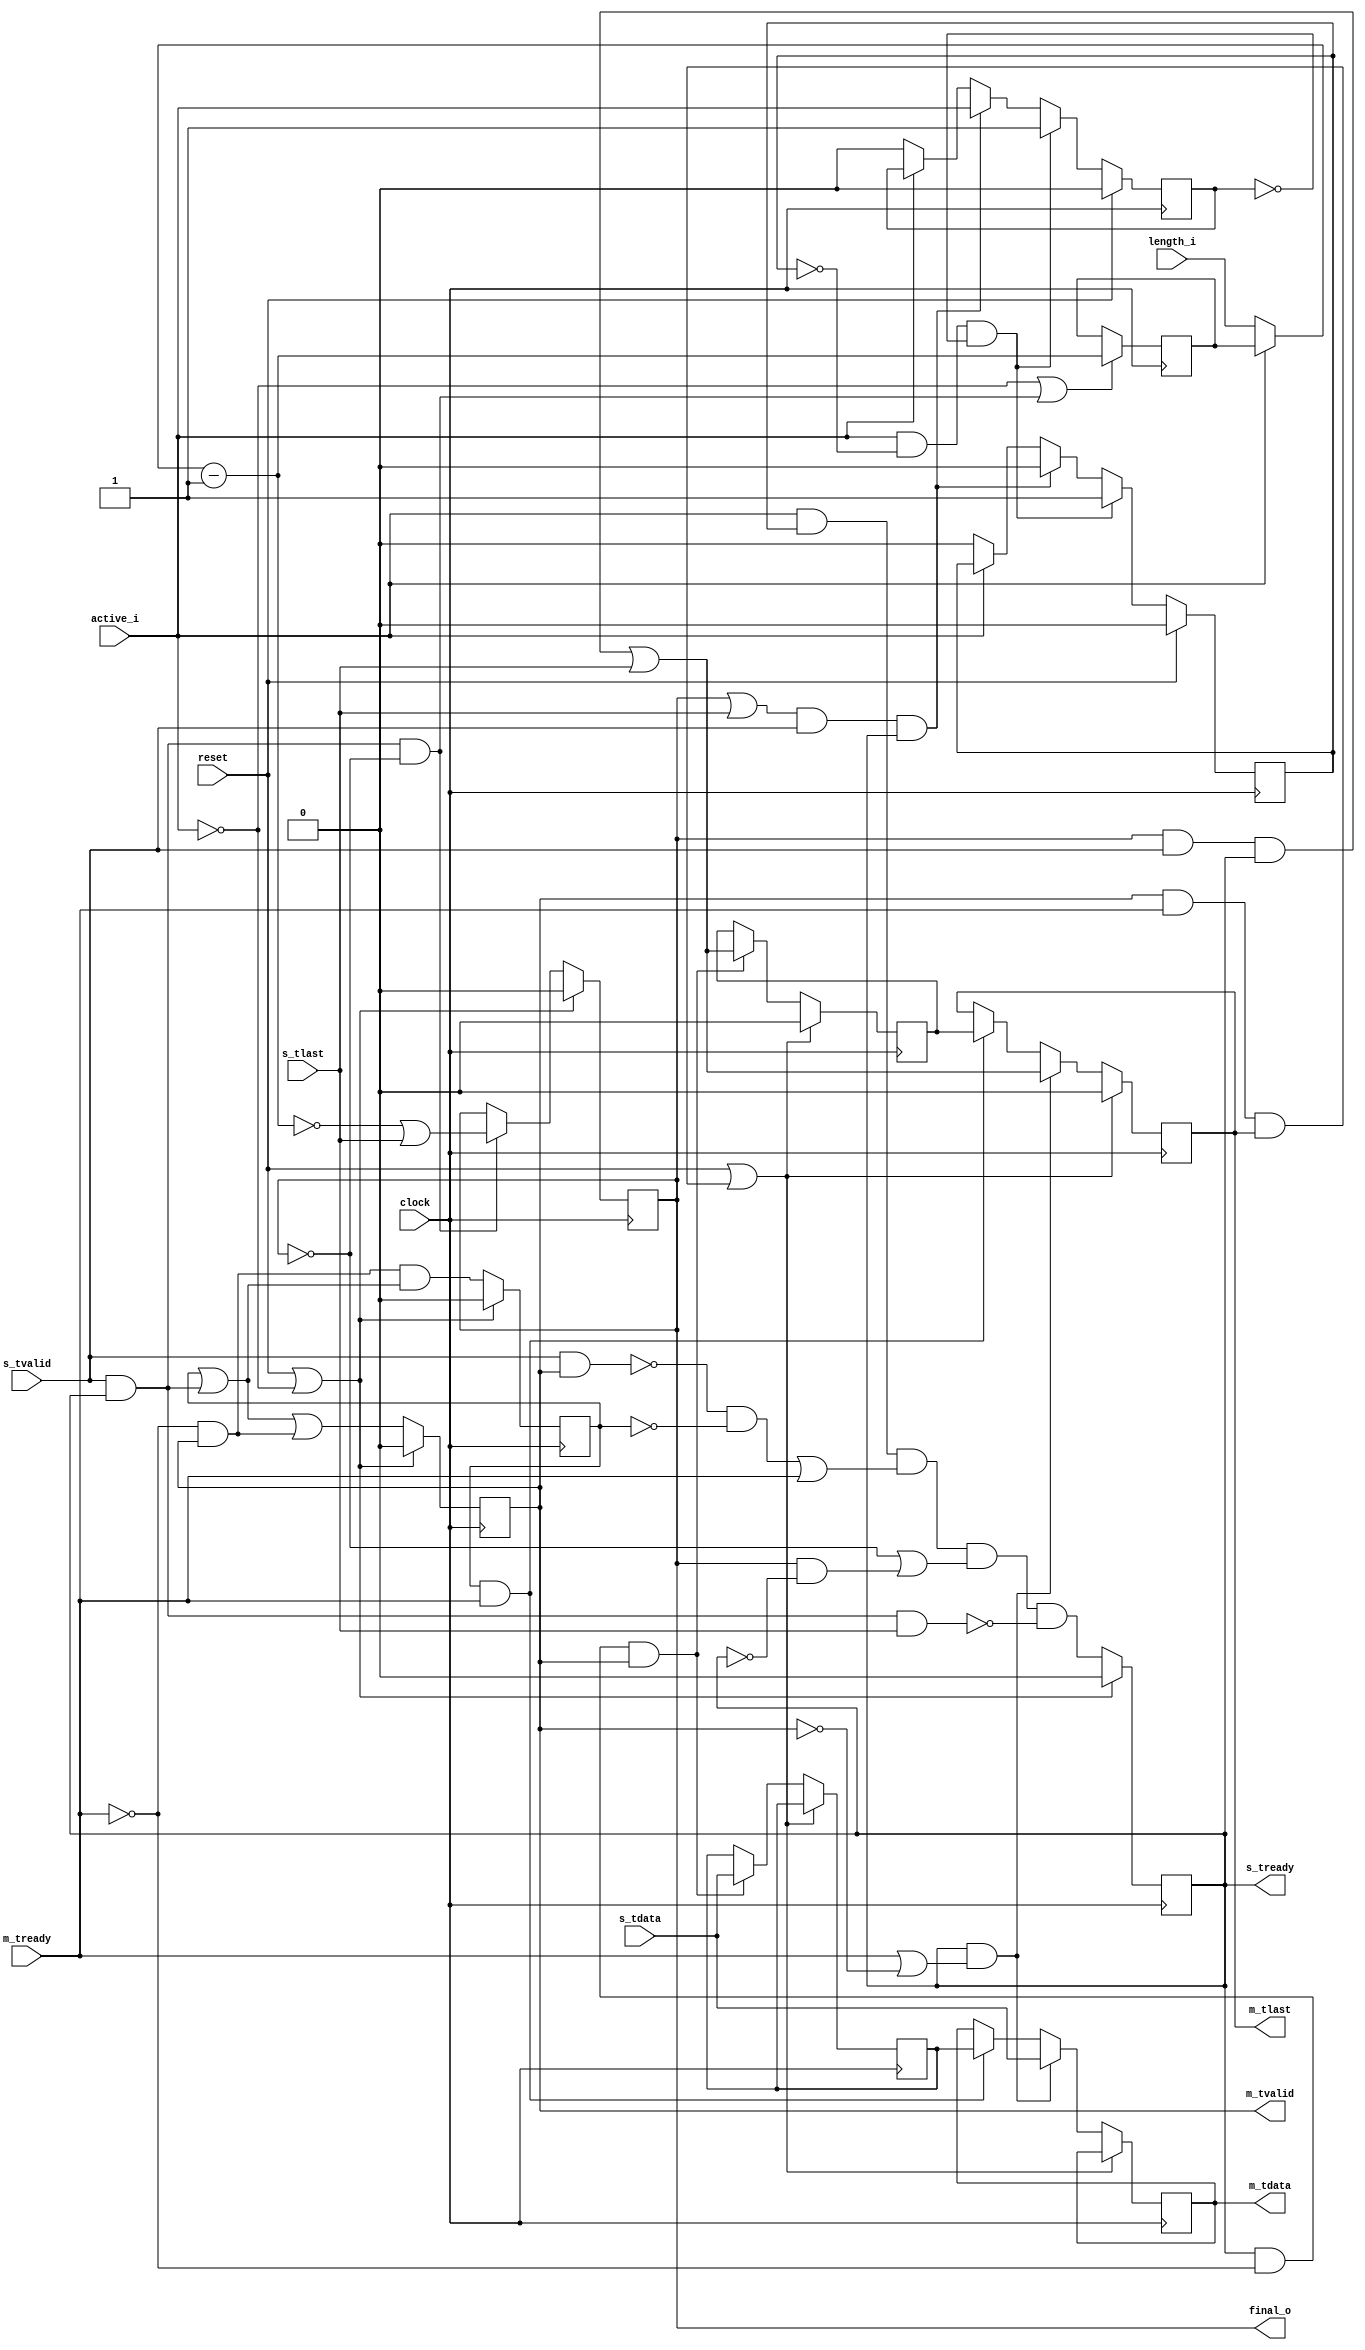
`timescale 1ns / 100ps
module axis_chop (
    clock,
    reset,

    active_i,
    length_i,
    final_o,

    s_tvalid,
    s_tready,
    s_tlast,
    s_tdata,

    m_tvalid,
    m_tready,
    m_tlast,
    m_tdata
);

  //
  // Chops a transfer at 'length_i'.
  //
  // Note: to resume a chopped transfer, assert 'active_i' with a suitable
  //   'length_i' at least one cycle before asserting 'm_tready' & 's_tvalid'.
  ///

  parameter BYPASS = 0;  // Disable the chopper, and pass all signals through

  parameter MAXLEN = 64;
  localparam LBITS = $clog2(MAXLEN + 1);
  localparam LZERO = {LBITS{1'b0}};
  localparam LSB = LBITS - 1;

  parameter WIDTH = 8;
  localparam MSB = WIDTH - 1;


  input clock;
  input reset;

  input active_i;
  input [LSB:0] length_i;
  output final_o;

  input s_tvalid;
  output s_tready;
  input s_tlast;
  input [MSB:0] s_tdata;

  output m_tvalid;
  input m_tready;
  output m_tlast;
  output [MSB:0] m_tdata;


  generate
    if (BYPASS == 1) begin : g_bypass

      // No registers
      assign m_tvalid = s_tvalid;
      assign s_tready = m_tready;
      assign m_tlast  = s_tlast;
      assign m_tdata  = s_tdata;

      assign final_o = m_tvalid && m_tready && m_tlast;

      initial begin
        $display("=> Bypassing AXI-S chop-register");
      end

    end // g_bypass
  else begin : g_chop

      reg sready, mvalid, mlast, tvalid, tlast;
      reg [MSB:0] mdata, tdata;
      wire sready_next, tvalid_next, mvalid_next;

      assign s_tready = sready;
      assign m_tvalid = mvalid;
      assign m_tlast  = mlast;
      assign m_tdata  = mdata;


      // -- Burst Chopper -- //

      reg final_q;
      wire fnext_w, tlast_w;
      reg  [LSB:0] remain_q;
      wire [LSB:0] source_w = active_i ? remain_q : length_i;
      wire [LSB:0] remain_w = source_w - 1;

      assign tlast_w = final_q && s_tvalid && sready || s_tlast;
      assign fnext_w = s_tvalid && sready && !final_q && (remain_w == 0 || s_tlast)
      || final_q && active_i;
      assign final_o = final_q;

      always @(posedge clock) begin
        if (!active_i || s_tvalid && sready && !final_q) begin
          remain_q <= remain_w;
        end

        if (reset || !active_i) begin
          final_q <= 1'b0;
        end else if (s_tvalid && sready && !final_q) begin
          final_q <= remain_w == 0 || s_tlast;
        end
      end


      // -- Burst Framer -- //

      reg frame_q, active_q;

      // Will there be space in either register ('T', or 'M') ??
      assign sready_next = active_i && frame_q && 
                         (!(s_tvalid && mvalid) && !tvalid || m_tready) &&
                         (!final_q || final_q && !sready) &&
                         !(s_tvalid && sready && s_tlast);

      always @(posedge clock) begin
        if (reset) begin
          {frame_q, active_q} <= 2'b00;
        end else begin
          if (active_i && !frame_q && !active_q) begin
            {frame_q, active_q} <= 2'b11;
          end else if ((final_q || s_tlast) && s_tvalid && sready) begin
            {frame_q, active_q} <= {1'b0, active_i};
          end else if (!active_i) begin
            {frame_q, active_q} <= 2'b00;
          end
        end
      end


      // -- Control -- //

      // assign sready_next = active_i && (!final_q || final_q && !sready) &&
      //                      (!(s_tvalid && mvalid || tvalid) || m_tready);
      assign tvalid_next = !m_tready && mvalid && (tvalid || s_tvalid && sready);
      assign mvalid_next = s_tvalid && sready || tvalid || mvalid && !m_tready;

      always @(posedge clock) begin
        if (reset || !active_i) begin
          sready <= 1'b0;
          mvalid <= 1'b0;
          tvalid <= 1'b0;
        end else begin
          sready <= sready_next;
          mvalid <= mvalid_next;
          tvalid <= tvalid_next;
        end
      end


      // -- Datapath -- //

      function src_to_tmp(input src_ready, input dst_valid, input dst_ready);
        src_to_tmp = src_ready && !dst_ready && dst_valid;
      endfunction

      function tmp_to_dst(input tmp_valid, input dst_ready);
        tmp_to_dst = tmp_valid && dst_ready;
      endfunction

      function src_to_dst(input src_ready, input dst_valid, input dst_ready);
        src_to_dst = src_ready && (dst_ready || !dst_valid);
      endfunction

      always @(posedge clock) begin
        if (reset || mvalid && m_tready && mlast) begin
          mlast <= 1'b0;
          tlast <= 1'b0;
        end else begin
          if (src_to_dst(sready, mvalid, m_tready)) begin
            mdata <= s_tdata;
            mlast <= tlast_w;
          end else if (tmp_to_dst(tvalid, m_tready)) begin
            mdata <= tdata;
            mlast <= tlast;
          end

          if (src_to_tmp(sready, mvalid, m_tready)) begin
            tdata <= s_tdata;
            tlast <= s_tlast;
            tlast <= tlast_w;
          end
        end
      end
    end  // g_chop
  endgenerate


endmodule  // axis_chop